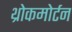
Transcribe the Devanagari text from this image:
थ्रोकमोर्टन